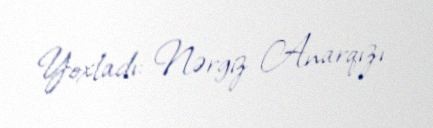
Yoxladı: Nərgiz Anarqızı